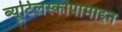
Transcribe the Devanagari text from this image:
ब्यूटिलस्कोपामाइन